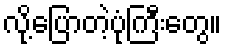
လို့ပြောတဲ့ပုံကြီးတွေ။